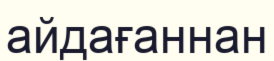
айдағаннан